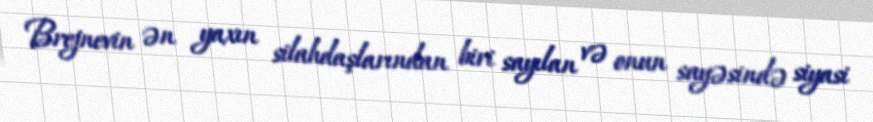
Brejnevin ən yaxın silahdaşlarından biri sayılan və onun sayəsində siyasi